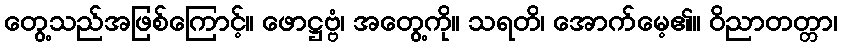
တွေ့သည်အဖြစ်ကြောင့်။ ဖောဋ္ဌဗ္ဗံ၊ အတွေ့ကို။ သရတိ၊ အောက်မေ့၏။ ဝိညာတတ္တာ၊